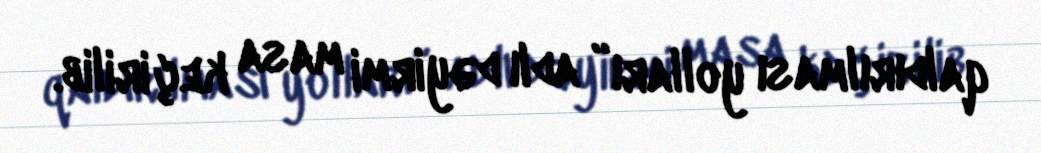
qaldırılması yolları” adlı dəyirmi masa keçirilib.